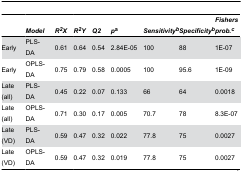
<table><thead><tr><td></td><td><b><i>Model</i></b></td><td><b><i>R<sup>2</sup>X</i></b></td><td><b><i>R<sup>2</sup>Y</i></b></td><td><b><i>Q2</i></b></td><td><b><i>p</i><sup>a</sup></b></td><td><b><i>Sensitivity<sup>b</sup></i></b></td><td><b><i>Specificity<sup>b</sup></i></b></td><td><b><i>Fishers prob.<sup>c</sup></i></b></td></tr></thead><tbody><tr><td>Early</td><td>PLS-DA</td><td>0.61</td><td>0.64</td><td>0.54</td><td>2.84E-05</td><td>100</td><td>88</td><td>1E-07</td></tr><tr><td>Early</td><td>OPLS-DA</td><td>0.75</td><td>0.79</td><td>0.58</td><td>0.0005</td><td>100</td><td>95.6</td><td>1E-09</td></tr><tr><td>Late (all)</td><td>PLS-DA</td><td>0.45</td><td>0.22</td><td>0.07</td><td>0.133</td><td>66</td><td>64</td><td>0.0018</td></tr><tr><td>Late (all)</td><td>OPLS-DA</td><td>0.71</td><td>0.30</td><td>0.17</td><td>0.005</td><td>70.7</td><td>78</td><td>8.3E-07</td></tr><tr><td>Late (VD)</td><td>PLS-DA</td><td>0.59</td><td>0.47</td><td>0.32</td><td>0.022</td><td>77.8</td><td>75</td><td>0.0027</td></tr><tr><td>Late (VD)</td><td>OPLS-DA</td><td>0.59</td><td>0.47</td><td>0.32</td><td>0.019</td><td>77.8</td><td>75</td><td>0.0027</td></tr></tbody></table>